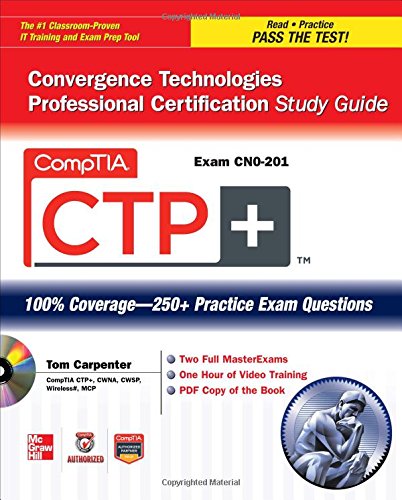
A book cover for CompTIA CTP+ Convergence Technologies Professional Certification Study Guide (Exam CN0-201) (Certification Press); Tom Carpenter; Computers & Technology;